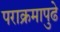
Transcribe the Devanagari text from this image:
पराक्रमापुढे